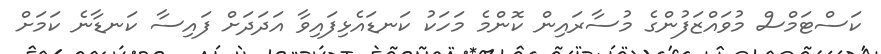
ކަސްޓަމްސް މުވައްޒަފުންގެ މުސާރައިން ކޮންމެ މަހަކު ކަނޑައެޅިފައިވާ އަދަދަށް ފައިސާ ކަނޑާނެ ކަމަށް